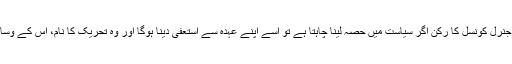
لیکن تحریک دعوتِ فقر کا کوئی بھی مرکزی، علاقائی عہدیدار ، مجلسِ شوریٰ کا ممبر یا جنرل کونسل کا رکن اگر سیاست میں حصہ لینا چاہتا ہے تو اُسے اپنے عہدہ سے استعفیٰ دینا ہوگا اور وہ تحریک کا نام، اس کے وسائل، ارکان اور تحریک کا پلیٹ فارم اپنے سیاسی مقاصد کے لیے استعمال نہیں کرسکے گا۔